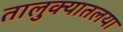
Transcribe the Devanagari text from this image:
तालुक्यातलया